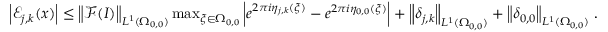
\begin{array} { r } { \left\vert \mathcal { E } _ { j , k } ( \boldsymbol { x } ) \right\vert \leq \left\| \mathcal { F } ( I ) \right\| _ { L ^ { 1 } ( \Omega _ { 0 , 0 } ) } \operatorname* { m a x } _ { \boldsymbol { \xi } \in \Omega _ { 0 , 0 } } \left\vert e ^ { 2 \pi i \eta _ { j , k } ( \boldsymbol { \xi } ) } - e ^ { 2 \pi i \eta _ { 0 , 0 } ( \boldsymbol { \xi } ) } \right\vert + \left\| \delta _ { j , k } \right\| _ { L ^ { 1 } ( \Omega _ { 0 , 0 } ) } + \left\| \delta _ { 0 , 0 } \right\| _ { L ^ { 1 } ( \Omega _ { 0 , 0 } ) } \, . } \end{array}